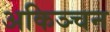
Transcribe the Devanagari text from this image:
अकिञ्चन